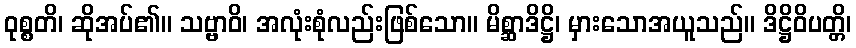
ဝုစ္စတိ၊ ဆိုအပ်၏။ သဗ္ဗာဝိ၊ အလုံးစုံလည်းဖြစ်သော။ မိစ္ဆာဒိဋ္ဌိ၊ မှားသောအယူသည်။ ဒိဋ္ဌိဝိပတ္တိ၊